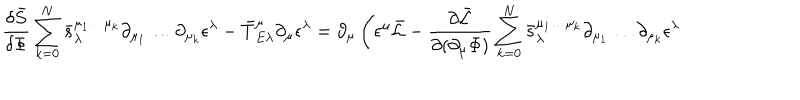
\frac { \delta \bar { S } } { \delta \Phi } \sum _ { k = 0 } ^ { N } \bar { s } _ { \lambda } ^ { \mu _ { 1 } \dots \mu _ { k } } \partial _ { \mu _ { 1 } } \dots \partial _ { \mu _ { k } } \epsilon ^ { \lambda } - \bar { T } _ { E \lambda } ^ { \mu } \partial _ { \mu } \epsilon ^ { \lambda } = \partial _ { \mu } \left( \epsilon ^ { \mu } \bar { { \cal L } } - \frac { \partial \bar { { \cal L } } } { \partial ( \partial _ { \mu } \Phi ) } \sum _ { k = 0 } ^ { N } \bar { s } _ { \lambda } ^ { \mu _ { 1 } \dots \mu _ { k } } \partial _ { \mu _ { 1 } } \dots \partial _ { \mu _ { k } } \epsilon ^ { \lambda } \right.